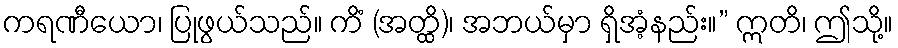
ကရဏီယော၊ ပြုဖွယ်သည်။ ကိံ (အတ္ထိ)၊ အဘယ်မှာ ရှိအံ့နည်း။” ဣတိ၊ ဤသို့။